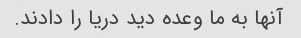
آنها به ما وعده دید دریا را دادند.